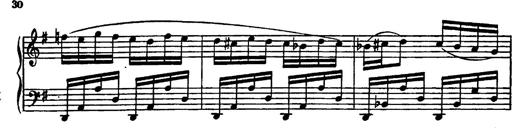
Title: Magyar rapszÃ³diÃ¡k
Composer: Franz Liszt